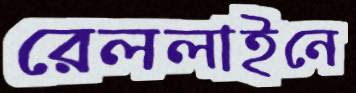
রেললাইনে